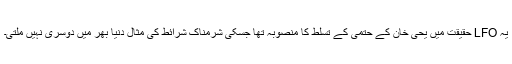
یہ LFO حقیقت میں یحیٰ خان کے حتمی کے تسلط کا منصوبہ تھا جسکی شرمناک شرائط کی مثال دنیا بھر میں دوسری نہیں ملتی۔